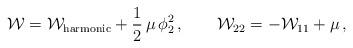
LaTeX: \begin{align*}{\cal W}={\cal W}_{\rm harmonic} +\frac{1}{2}\, \mu \,\phi_2^2\,,\qquad {\cal W}_{22}=-{\cal W}_{11} +\mu\,,\end{align*}